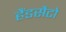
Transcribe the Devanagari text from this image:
हैंडसैटो